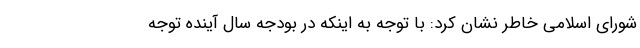
شورای اسلامی خاطر نشان کرد: با توجه به اینکه در بودجه سال آینده توجه